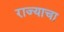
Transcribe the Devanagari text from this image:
राज्‍याचा